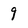
Character: 9